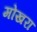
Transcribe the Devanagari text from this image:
मोखरा